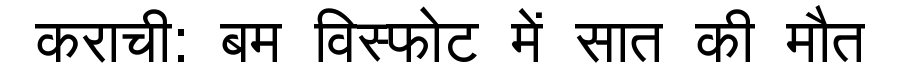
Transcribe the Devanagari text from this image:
कराची: बम विस्फोट में सात की मौत